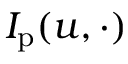
I _ { \mathrm { p } } ( u , \cdot )